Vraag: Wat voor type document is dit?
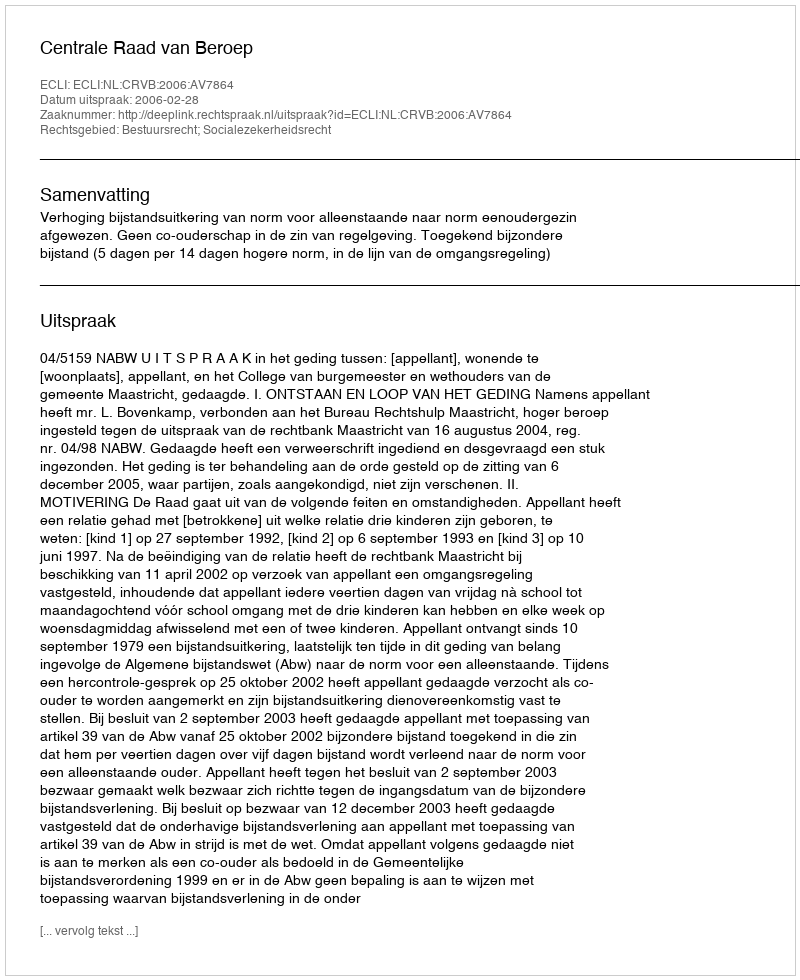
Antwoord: Uitspraak